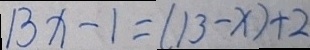
1 3 x - 1 = ( 1 3 - x ) + 2